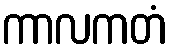
ကာလကတံ